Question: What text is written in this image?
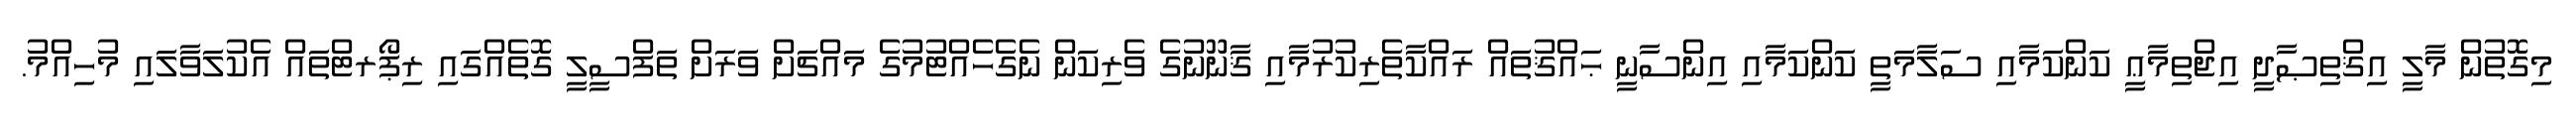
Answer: މިގޮތުން މާލީ އިޤްތިޞާދީ އިޖްތިމާޢީ ކަންކަމާއި ސަލާމަތީ ކަންކަމާއި އިންސާނީ ޙައްޤުތައް ރައްކާތެރިކުރުމާއި ޤާނޫނުގެ ވެރިކަން ނެގެހެއްޓުމުގެ މައްޗަށް ވަރަށް ތަފްސީލީ ގޮތެއްގައި ރިޕޯރޓްތައް އެކުލަވާލައި މުހިއްމު.